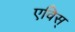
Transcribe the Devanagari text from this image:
एविस्